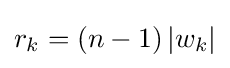
r_{k}=(n-1)\left|w_{k}\right|